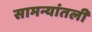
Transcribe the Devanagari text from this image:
सामन्यांतली